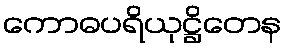
ကောဓပရိယုဋ္ဌိတေန